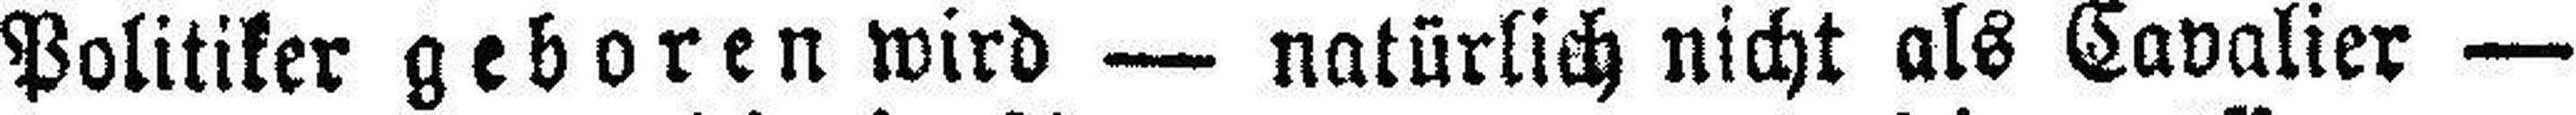
Politiker geboren wird — natürlich nicht als Cavalier —